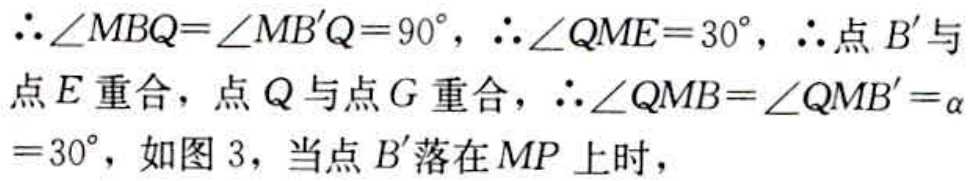
$\therefore\angle MBQ = \angle MB'Q = 90^{\circ},\therefore\angle QME = 30^{\circ},\therefore$点$B'$与点$E$重合，点$Q$与点$G$重合，$\therefore\angle QMB=\angle QMB'=\alpha = 30^{\circ}$，如图3，当点$B'$落在$MP$上时，